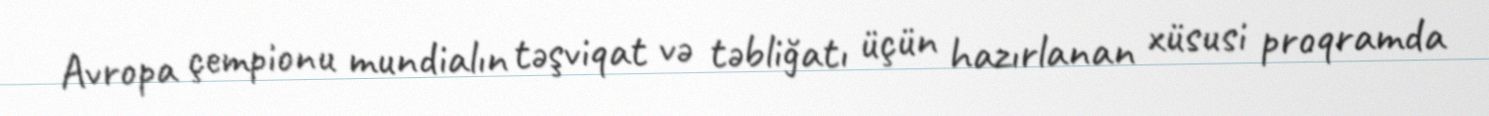
Avropa çempionu mundialın təşviqat və təbliğatı üçün hazırlanan xüsusi proqramda